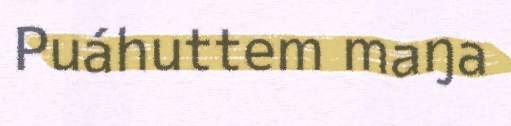
Puáhuttem maŋa